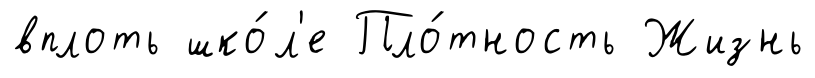
вплоть шко́л'е Пло́тность Жизнь